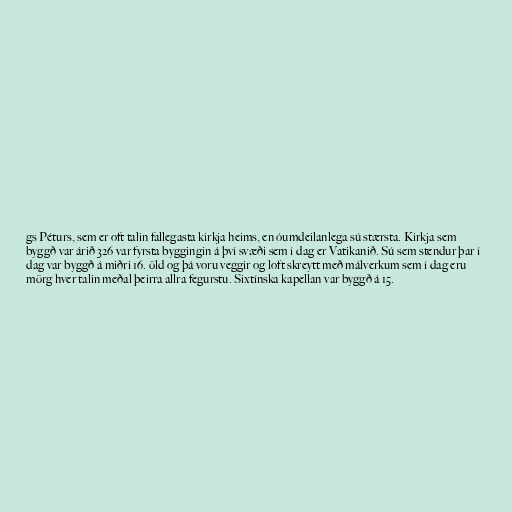
gs Péturs, sem er oft talin fallegasta kirkja heims, en óumdeilanlega sú stærsta. Kirkja sem
byggð var árið 326 var fyrsta byggingin á því svæði sem í dag er Vatikanið. Sú sem stendur þar í
dag var byggð á miðri 16. öld og þá voru veggir og loft skreytt með málverkum sem í dag eru
mörg hver talin meðal þeirra allra fegurstu. Sixtínska kapellan var byggð á 15.